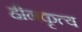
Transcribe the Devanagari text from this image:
हीनकृत्य